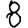
Digit: 8